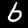
Label: 6